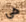
هي